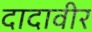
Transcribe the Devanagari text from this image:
दादावीर